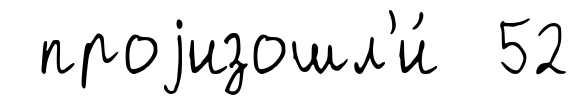
проjизошл'и́ 52